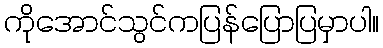
ကိုအောင်သွင်ကပြန်ပြောပြမှာပါ။